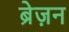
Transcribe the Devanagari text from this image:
ब्रेज़न